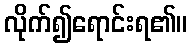
လိုက်၍ရောင်းရ၏။